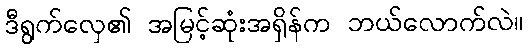
ဒီရွက်လှေ၏ အမြင့်ဆုံးအရှိန်က ဘယ်လောက်လဲ။